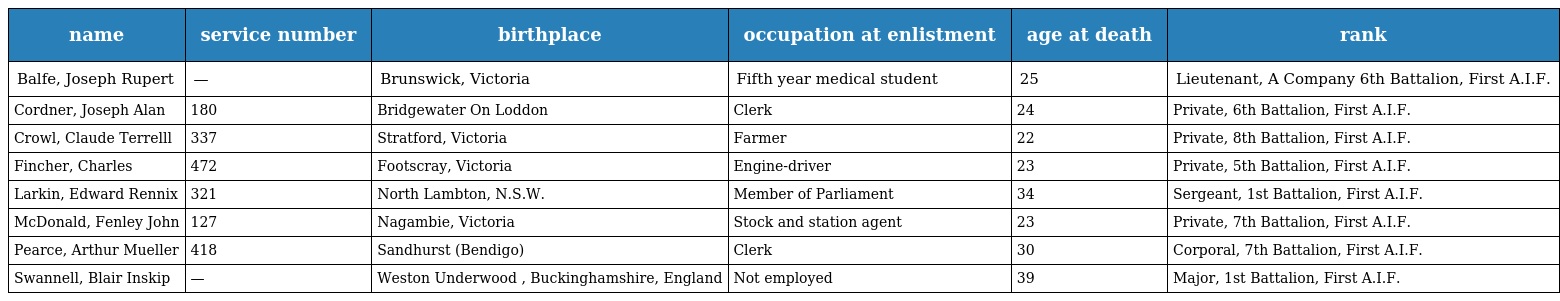
| name | service number | birthplace | occupation at enlistment | age at death | rank |
 | --- | --- | --- | --- | --- | --- |
 | Balfe, Joseph Rupert | — | Brunswick, Victoria | Fifth year medical student | 25 | Lieutenant, A Company 6th Battalion, First A.I.F. |
 | Cordner, Joseph Alan | 180 | Bridgewater On Loddon | Clerk | 24 | Private, 6th Battalion, First A.I.F. |
 | Crowl, Claude Terrelll | 337 | Stratford, Victoria | Farmer | 22 | Private, 8th Battalion, First A.I.F. |
 | Fincher, Charles | 472 | Footscray, Victoria | Engine-driver | 23 | Private, 5th Battalion, First A.I.F. |
 | Larkin, Edward Rennix | 321 | North Lambton, N.S.W. | Member of Parliament | 34 | Sergeant, 1st Battalion, First A.I.F. |
 | McDonald, Fenley John | 127 | Nagambie, Victoria | Stock and station agent | 23 | Private, 7th Battalion, First A.I.F. |
 | Pearce, Arthur Mueller | 418 | Sandhurst (Bendigo) | Clerk | 30 | Corporal, 7th Battalion, First A.I.F. |
 | Swannell, Blair Inskip | — | Weston Underwood , Buckinghamshire, England | Not employed | 39 | Major, 1st Battalion, First A.I.F. |